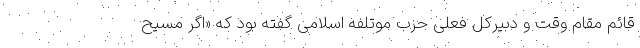
قائم مقام وقت و دبیرکل فعلی حزب موتلفه اسلامی گفته بود که «اگر مسیح